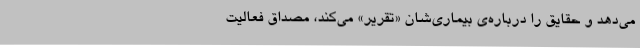
می‌دهد و حقایق را درباره‌ی بیماری‌شان «تقریر» می‌کند، مصداق فعالیت